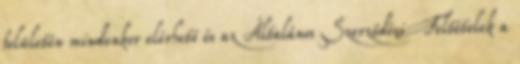
felületén mindenkor elérhető és az Általános Szerződési Feltételek a